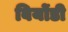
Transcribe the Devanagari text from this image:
बियोंडी